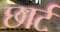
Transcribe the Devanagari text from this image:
छार्ट